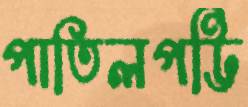
পাতিলপট্টি